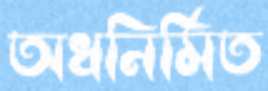
অধনির্মিত